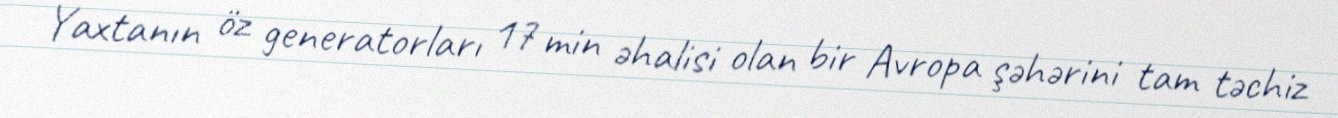
Yaxtanın öz generatorları 17 min əhalisi olan bir Avropa şəhərini tam təchiz